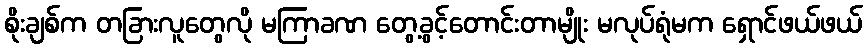
စိုးချစ်က တခြားလူတွေလို မကြာခဏ တွေ့ခွင့်တောင်းတာမျိုး မလုပ်ရုံမက ရှောင်ဖယ်ဖယ်